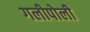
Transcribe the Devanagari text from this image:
गलीपोली